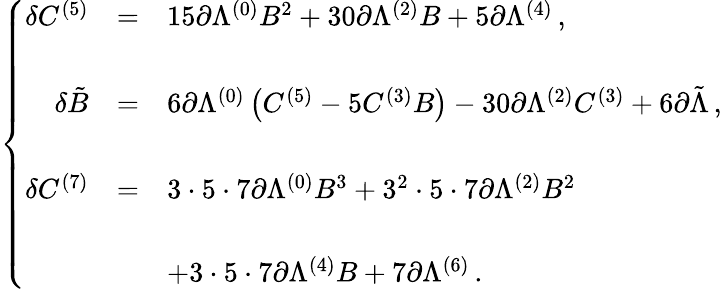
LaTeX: \left\{ \begin{array}{rcl}{{\delta C^{(5)}}}&{{=}}&{{15\partial\Lambda^{(0)}B^{2}+30\partial\Lambda^{(2)}B+5\partial\Lambda^{(4)}\, ,}}\\ {{}}&{{}}&{{}}\\ {{\delta\tilde{B}}}&{{=}}&{{6\partial\Lambda^{(0)}\left(C^{(5)}-5C^{(3)}B\right)-30\partial\Lambda^{(2)}C^{(3)}+6\partial\tilde{\Lambda}\, ,}}\\ {{}}&{{}}&{{}}\\ {{\delta C^{(7)}}}&{{=}}&{{3\cdot 5\cdot 7\partial\Lambda^{(0)}B^{3}+3^{2}\cdot 5\cdot 7\partial\Lambda^{(2)}B^{2}}}\\ {{}}&{{}}&{{}}\\ {{}}&{{}}&{{+3\cdot 5\cdot 7\partial\Lambda^{(4)}B+7\partial\Lambda^{(6)}\, .}}\end{array}\right.